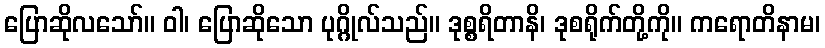
ပြောဆိုလသော်။ ဝါ၊ ပြောဆိုသော ပုဂ္ဂိုလ်သည်။ ဒုစ္စရိတာနိ၊ ဒုစရိုက်တို့ကို။ ကရောတိနာမ၊